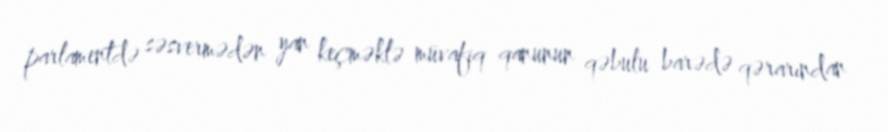
parlamentdə səsvermədən yan keçməklə müvafiq qanunun qəbulu barədə qərarından